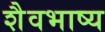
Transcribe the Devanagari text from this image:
शैवभाष्य